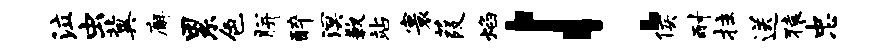
泣虫冀廨累色胼醉溟歉站寰葭焰！侯耐拄送猿忠